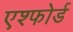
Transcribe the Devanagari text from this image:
एश्फोर्ड